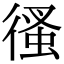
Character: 𢔳